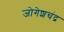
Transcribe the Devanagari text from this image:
जोगेशचंद्र